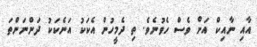
އާއި ނާއިކް އަށް ވެސް ހެވުނެވެ. ތި ދެމީހުން އެކަކު އަނެކަކު ދަންނަންތަ